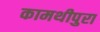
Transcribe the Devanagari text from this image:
कामथीपुरा